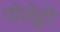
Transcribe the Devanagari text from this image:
पोलेट्टी